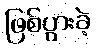
ဖြစ်ပွားခဲ့